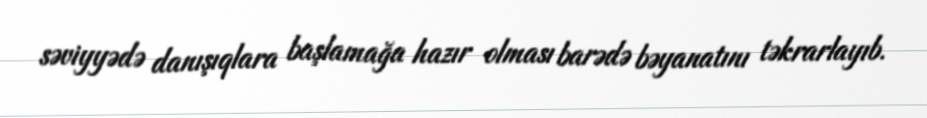
səviyyədə danışıqlara başlamağa hazır olması barədə bəyanatını təkrarlayıb.